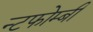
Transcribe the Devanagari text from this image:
न्टफोम्बी